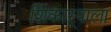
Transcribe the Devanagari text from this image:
शिकाऱ्याला